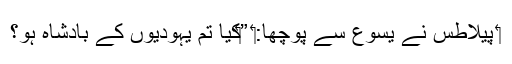
‏ پیلاطُس نے یسوع سے پوچھا:‏ ”‏کیا تُم یہودیوں کے بادشاہ ہو؟